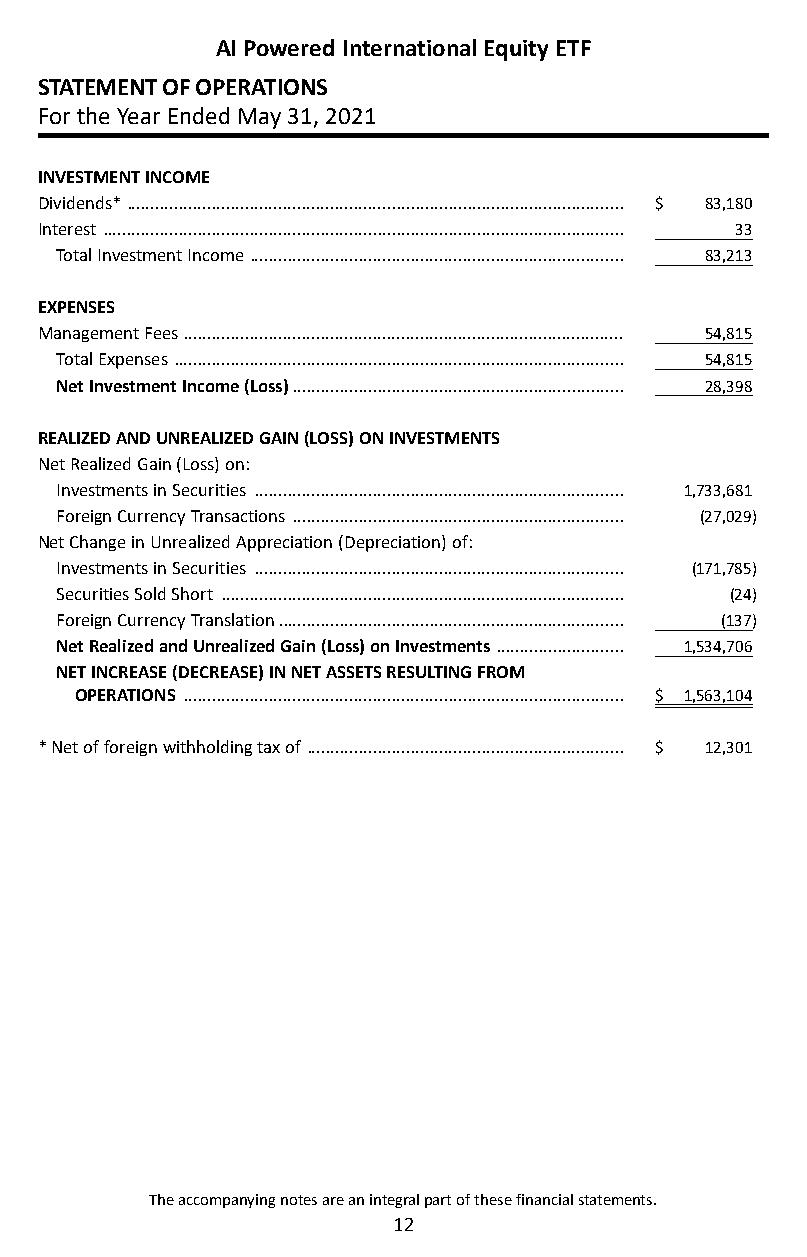
AI Powered International Equity ETF
 STATEMENT OF OPERATIONS
 For the Year Ended May 31, 2021
 INVESTMENT INCOME
 Dividends* ��������������������������������������������������������������������������������������������������������� $ 83,180
 Interest �������������������������������������������������������������������������������������������������������������� 33
 Total Investment Income ������������������������������������������������������������������������������� 83,213
 EXPENSES
 Management Fees ��������������������������������������������������������������������������������������������� 54,815
 Total Expenses ����������������������������������������������������������������������������������������������� 54,815
 Net Investment Income (Loss) ���������������������������������������������������������������������� 28,398
 REALIZED AND UNREALIZED GAIN (LOSS) ON INVESTMENTS
 Net Realized Gain (Loss) on:
 Investments in Securities ������������������������������������������������������������������������������ 1,733,681
 Foreign Currency Transactions ���������������������������������������������������������������������� (27,029)
 Net Change in Unrealized Appreciation (Depreciation) of:
 Investments in Securities ������������������������������������������������������������������������������ (171,785)
 Securities Sold Short ������������������������������������������������������������������������������������� (24)
 Foreign Currency Translation ������������������������������������������������������������������������� (137)
 Net Realized and Unrealized Gain (Loss) on Investments ��������������������������� 1,534,706
 NET INCREASE (DECREASE) IN NET ASSETS RESULTING FROM
 OPERATIONS ��������������������������������������������������������������������������������������������� $ 1,563,104
 * Net of foreign withholding tax of ������������������������������������������������������������������� $ 12,301
 The accompanying notes are an integral part of these financial statements.
 12